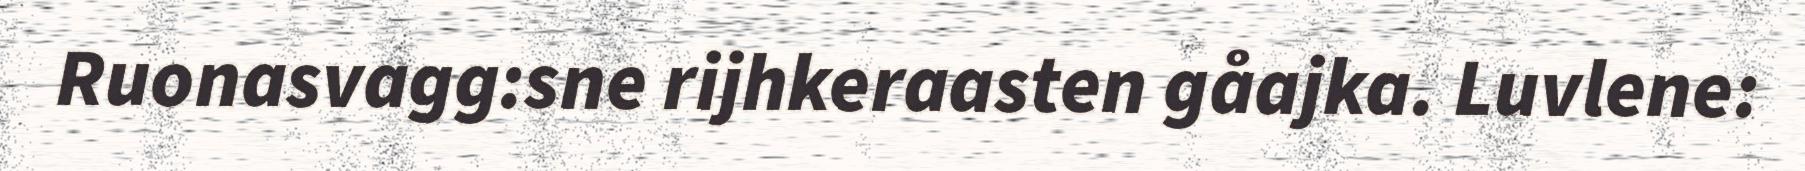
Ruonasvagg:sne rijhkeraasten gåajka. Luvlene: